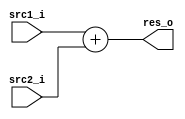
module Adder(src1_i, src2_i, res_o);
    input [31:0] src1_i, src2_i;
    output [31:0] res_o;

    assign res_o = src1_i + src2_i;
endmodule